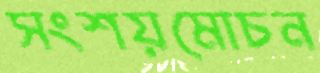
সংশয়মোচন